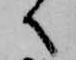
へ